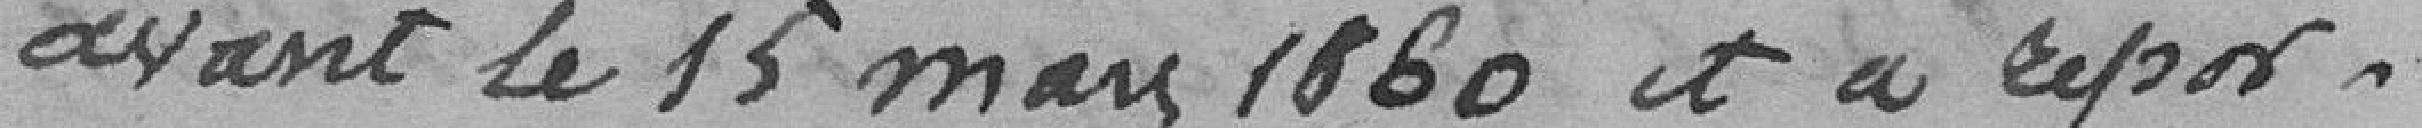
avant le 15 mars 1860 et à repor-